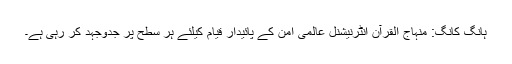
ہانگ کانگ: منہاج القرآن انٹرنیشنل عالمی امن کے پائیدار قیام کیلئے ہر سطح پر جدوجہد کر رہی ہے۔